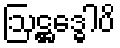
ဩဋ္ဌဒ္ဓေါပိ